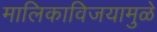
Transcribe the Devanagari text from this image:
मालिकाविजयामुळे